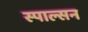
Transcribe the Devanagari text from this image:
स्पाल्सन